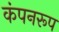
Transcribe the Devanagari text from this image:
कंपनरूप